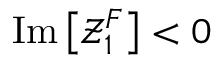
\mathrm { I m } \left[ \mathcal { Z } _ { 1 } ^ { F } \right] < 0